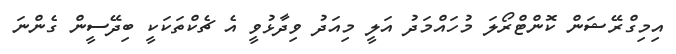
އިމިގްރޭޝަން ކޮންޓްރޯލަ މުހައްމަދު އަލީ މިއަދު ވިދާޅުވީ އެ ޗެކްތަކަކީ ބިދޭސީން ގެންނަ